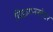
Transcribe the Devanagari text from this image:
विडामनस्टेटर